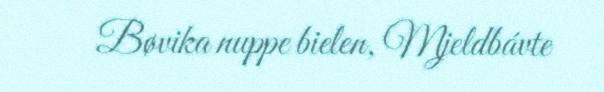
Bøvika nuppe bielen, Mjeldbávte